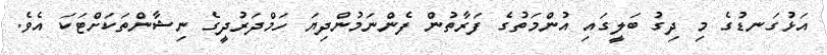
އަޅުގަނޑުގެ މި ދިގު ބަލީގައި އުންމަތުގެ ފަރާތުން ފެންނަމުންދިޔަ ހަމްދަރުދީގެ ނިޝާންތަކަށްޓަކަ އެވެ.